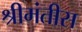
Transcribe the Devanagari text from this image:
श्रीमंतीस